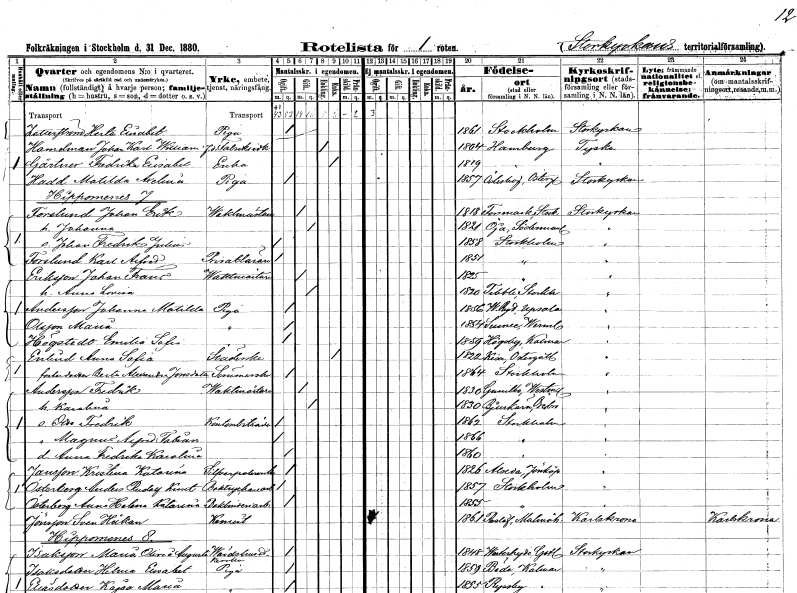
gt_parse: households: individuals: FN: Herta Elisabet
EN: Zetterlund
YRKE: Piga
KON: K
CIV: O
FODAR: 1861
FODFORS: Stockholm
FN: Johan Karl William
EN: Hamdman
YRKE: Fabriksidkare f.d.
KON: M
CIV: E
FODAR: 1804
FN: Fredrika Elisabet
EN: Gärtner
YRKE: Änka
KON: K
CIV: E
FODAR: 1819
FN: Matilda Axelina
EN: Hadd
YRKE: Piga
KON: K
CIV: O
FODAR: 1857
FODFORS: Ödeshög Östergötlands län
FN: Johan Erik
EN: Forslund
YRKE: Vaktmästare
KON: M
CIV: G
FODAR: 1818
FODFORS: Forsmark Uppsala län
FN: Johanna
KON: K
CIV: G
FODAR: 1821
FODFORS: Öja Södermanlands län
FN: Johan Fredrik Julius
KON: M
CIV: O
FODAR: 1858
FODFORS: Stockholm
FN: Karl Alfred
EN: Forslund
YRKE: Privatlärare
KON: M
CIV: O
FODAR: 1851
FODFORS: Stockholm
FN: Johan Frans
EN: Eriksson
YRKE: Vaktmästare
KON: M
CIV: G
FODAR: 1825
FODFORS: Stockholm
FN: Anna Lovisa
KON: K
CIV: G
FODAR: 1820
FODFORS: Tibble Stockholms län
FN: Johanna Matilda
EN: Andersson
YRKE: Piga
KON: K
CIV: O
FODAR: 1856
FODFORS: Västra Ryd Stockholms län
FN: Maria
EN: Olsson
YRKE: Piga
KON: K
CIV: O
FODAR: 1854
FODFORS: Sunne Värmlands län
FN: Emilia Sofia
EN: Högstedt
YRKE: Piga
KON: K
CIV: O
FODAR: 1859
FODFORS: Högsby Kalmar län
FN: Anna Sofia
EN: Enlind
YRKE: Städerska
KON: K
CIV: E
FODAR: 1822
FODFORS: Kisa Östergötlands län
FN: Berta Alexandra
EN: Jonsdotter
YRKE: Sömmerska
KON: K
CIV: O
FODAR: 1864
FODFORS: Stockholm
FN: Fredrik
EN: Andersson
YRKE: Vaktmästare
KON: M
CIV: G
FODAR: 1830
FODFORS: Gunnilbo Västmanlands län
FN: Karolina
KON: K
CIV: G
FODAR: 1830
FODFORS: Bjurtjärn Värmlands län
FN: Otto Fredrik
YRKE: Kontorsbiträde
KON: M
CIV: O
FODAR: 1862
FODFORS: Stockholm
FN: Magnus Alfred Fabian
KON: M
CIV: O
FODAR: 1866
FODFORS: Stockholm
FN: Anna Fredrika Karolina
KON: K
CIV: O
FODAR: 1860
FODFORS: Stockholm
FN: Kristina Katarina
EN: Jansson
YRKE: Silverpolererska
KON: K
CIV: O
FODAR: 1826
FODFORS: Alseda Jönköpings län
FN: Anders Rudolf Knut
EN: Österberg
YRKE: Boktryckeriarbetare
KON: M
CIV: O
FODAR: 1857
FODFORS: Stockholm
FN: Anna Helena Katarina
EN: Österberg
YRKE: Boktryckeriarbeterska
KON: K
CIV: O
FODAR: 1855
FODFORS: Stockholm
FN: Sven Håkan
EN: Jönsson
YRKE: Kontorist
KON: M
CIV: O
FODAR: 1861
FODFORS: Reslöv Malmöhus län